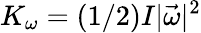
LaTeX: K_{\omega}=(1/2)I|\vec{\omega}|^{2}